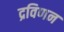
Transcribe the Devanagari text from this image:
द्रविणन